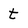
Character: t